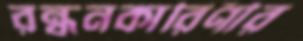
রন্ধনকারিণীর